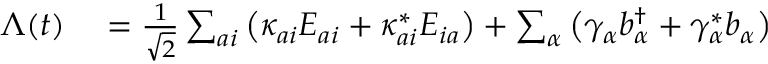
\begin{array} { r l } { \Lambda ( t ) } & { { } = \frac { 1 } { \sqrt { 2 } } \sum _ { a i } \big ( \kappa _ { a i } E _ { a i } + \kappa _ { a i } ^ { * } E _ { i a } \big ) + \sum _ { \alpha } \big ( \gamma _ { \alpha } b _ { \alpha } ^ { \dagger } + \gamma _ { \alpha } ^ { * } b _ { \alpha } \big ) } \end{array}